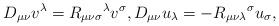
LaTeX: \begin{align*}D_{\mu \nu }v^{\lambda }=R_{\mu \nu \sigma }{}^{\lambda }v^{\sigma },D_{\mu \nu }u_{\lambda }=-R_{\mu \nu \lambda }{}^{\sigma }u_{\sigma },\end{align*}